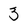
Character: 3